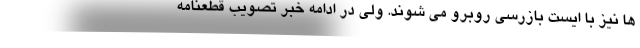
ها نیز با ایست بازرسی روبرو می شوند. ولی در ادامه خبر تصویب قطعنامه